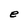
Character: e